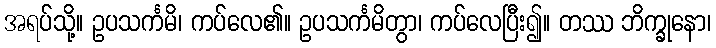
အရပ်သို့။ ဥပသင်္ကမိ၊ ကပ်လေ၏။ ဥပသင်္ကမိတွာ၊ ကပ်လေပြီး၍။ တဿ ဘိက္ခုနော၊